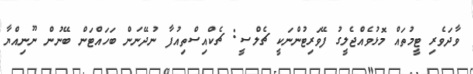
ވާދަވެރި ޓީމުތައް މޮޅުވެއްޖެލީގު ފޭވަރިޓުންނަކީ ޗެލްސީ: ޗެކްއިސްތިއުފާ ނުދޭނަން ބަހައްޓަން ބޭނުން ނޫނިއްޔާ